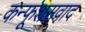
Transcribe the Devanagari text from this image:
कन्फूशसवाद